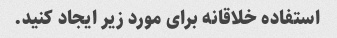
استفاده خلاقانه برای مورد زیر ایجاد کنید.